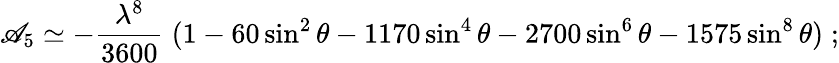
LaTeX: \mathscr{A}_{5}\simeq-{\frac{{\lambda^{8}}}{{3600}}}\; (1-60\sin^{2}\theta-1170\sin^{4}\theta-2700\sin^{6}\theta-1575\sin^{8}\theta)\; ;